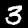
Digit: 3